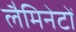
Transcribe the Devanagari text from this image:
लैमिनेटों